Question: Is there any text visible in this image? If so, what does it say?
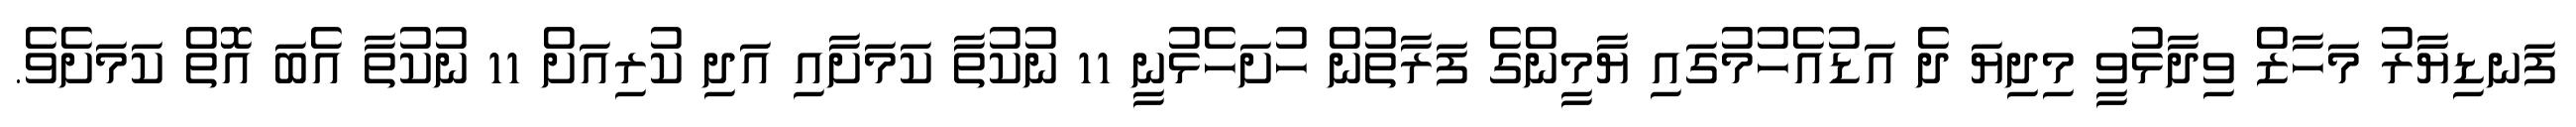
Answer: ފަނޑިޔާރު މަހާޒް ވިދާޅުވީ މިދިޔަ ދެ އަޑުއެހުމުގައި ޔާމީންގެ ފަރާތުން ހުށަހެޅުނީ 11 ނުކުތާ ކަމަށާއި އަދި ކުރިއަށް 11 ނުކުތާ އެބަ އޮތް ކަމަށެވެ.